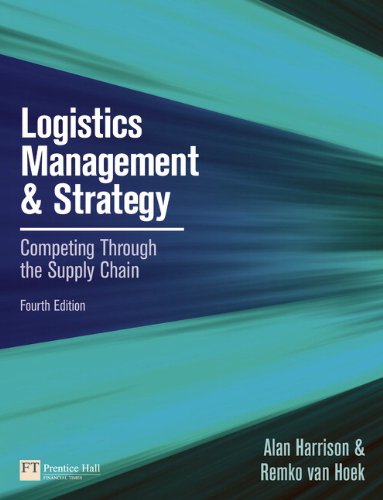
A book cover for Logistics Management and Strategy: Competing through the Supply Chain (4th Edition); Alan Harrison; Business & Money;